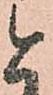
と